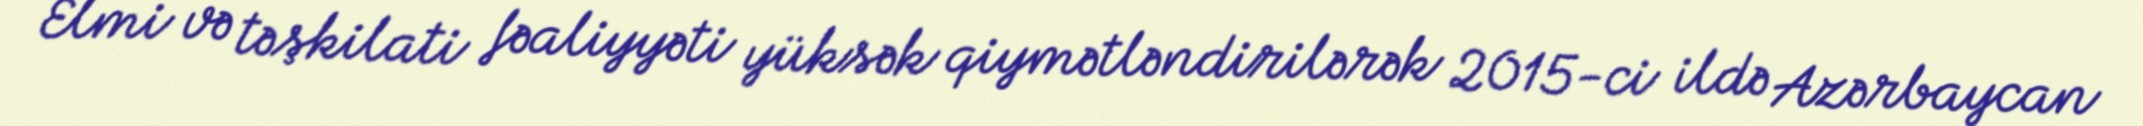
Elmi və təşkilati fəaliyyəti yüksək qiymətləndirilərək 2015-ci ildə Azərbaycan